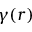
\gamma ( r )